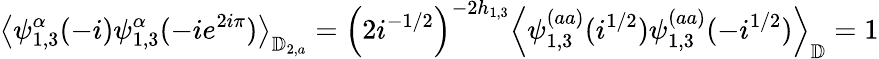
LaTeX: \left\langle\psi_{1,3}^{\alpha}(-i)\psi_{1,3}^{\alpha}(-ie^{2i\pi})\right\rangle_{\mathbb{D}_{2,a}}=\left(2i^{-1/2}\right)^{-2h_{1,3}}\left\langle\psi_{1,3}^{(aa)}(i^{1/2})\psi_{1,3}^{(aa)}(-i^{1/2})\right\rangle_{\mathbb{D}}=1